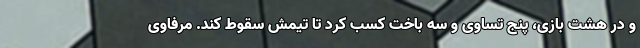
و در هشت بازی، پنج تساوی و سه باخت کسب کرد تا تیمش سقوط کند. مرفاوی